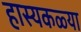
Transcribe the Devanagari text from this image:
हास्यकळ्या